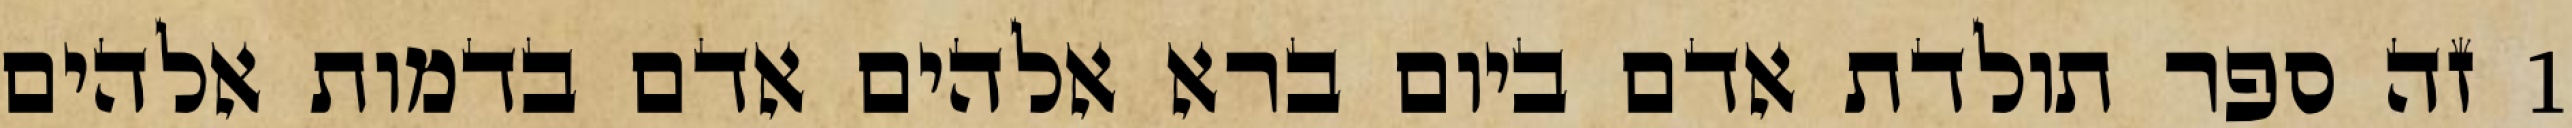
1 זה ספר תולדת אדם ביום ברא אלהים אדם בדמות אלהים